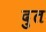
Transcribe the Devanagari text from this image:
दुत